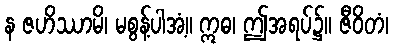
န ဇဟိဿာမိ၊ မစွန့်ပါအံ့။ ဣဓ၊ ဤအရပ်၌။ ဇီဝိတံ၊